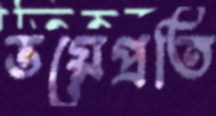
ভয়েপ্রতি